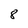
Character: 8